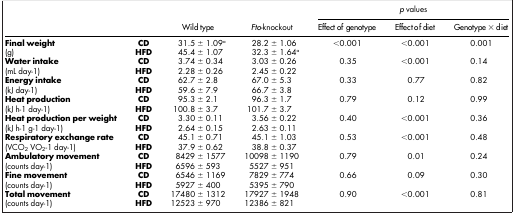
<table><thead><tr><td><b> </b></td><td><b> </b></td><td><b> </b></td><td><b> </b></td><td colspan="3"><b><i>p</i> values</b></td></tr><tr><td><b> </b></td><td><b> </b></td><td><b>Wild type</b></td><td><b><i>Fto</i>-knockout</b></td><td><b>Effect of genotype</b></td><td><b>Effect of diet</b></td><td><b>Genotype × diet</b></td></tr></thead><tbody><tr><td><b>Final weight</b></td><td><b>CD</b></td><td>31.5 ± 1.09<sup>a</sup></td><td>28.2 ± 1.06</td><td>&lt;0.001</td><td>&lt;0.001</td><td>0.001</td></tr><tr><td>(g)</td><td><b>HFD</b></td><td>45.4 ± 1.07</td><td>32.3 ± 1.64<sup>a</sup></td><td> </td><td> </td><td> </td></tr><tr><td><b>Water intake</b></td><td><b>CD</b></td><td>3.74 ± 0.34</td><td>3.03 ± 0.26</td><td>0.35</td><td>&lt;0.001</td><td>0.14</td></tr><tr><td>(mL day-1)</td><td><b>HFD</b></td><td>2.28 ± 0.26</td><td>2.45 ± 0.22</td><td> </td><td> </td><td> </td></tr><tr><td><b>Energy intake</b></td><td><b>CD</b></td><td>62.7 ± 2.8</td><td>67.0 ± 5.3</td><td>0.33</td><td>0.77</td><td>0.82</td></tr><tr><td>(kJ day-1)</td><td><b>HFD</b></td><td>59.6 ± 7.9</td><td>66.7 ± 3.8</td><td> </td><td> </td><td> </td></tr><tr><td><b>Heat production</b></td><td><b>CD</b></td><td>95.3 ± 2.1</td><td>96.3 ± 1.7</td><td>0.79</td><td>0.12</td><td>0.99</td></tr><tr><td>(kJ h-1 day-1)</td><td><b>HFD</b></td><td>100.8 ± 3.7</td><td>101.7 ± 3.7</td><td> </td><td> </td><td> </td></tr><tr><td><b>Heat production per weight</b></td><td><b>CD</b></td><td>3.30 ± 0.11</td><td>3.56 ± 0.22</td><td>0.40</td><td>&lt;0.001</td><td>0.36</td></tr><tr><td>(kJ h-1 g-1 day-1)</td><td><b>HFD</b></td><td>2.64 ± 0.15</td><td>2.63 ± 0.11</td><td> </td><td> </td><td> </td></tr><tr><td><b>Respiratory exchange rate</b></td><td><b>CD</b></td><td>45.1 ± 0.71</td><td>45.1 ± 1.03</td><td>0.53</td><td>&lt;0.001</td><td>0.48</td></tr><tr><td>(VCO<sub>2</sub> VO<sub>2</sub>-1 day-1)</td><td><b>HFD</b></td><td>37.9 ± 0.62</td><td>38.8 ± 0.37</td><td> </td><td> </td><td> </td></tr><tr><td><b>Ambulatory movement</b></td><td><b>CD</b></td><td>8429 ± 1577</td><td>10098 ± 1190</td><td>0.79</td><td>0.01</td><td>0.24</td></tr><tr><td>(counts day-1)</td><td><b>HFD</b></td><td>6596 ± 593</td><td>5527 ± 951</td><td> </td><td> </td><td> </td></tr><tr><td><b>Fine movement</b></td><td><b>CD</b></td><td>6546 ± 1169</td><td>7829 ± 774</td><td>0.66</td><td>0.09</td><td>0.30</td></tr><tr><td>(counts day-1)</td><td><b>HFD</b></td><td>5927 ± 400</td><td>5395 ± 790</td><td> </td><td> </td><td> </td></tr><tr><td><b>Total movement</b></td><td><b>CD</b></td><td>17480 ± 1312</td><td>17927 ± 1948</td><td>0.90</td><td>&lt;0.001</td><td>0.81</td></tr><tr><td>(counts day-1)</td><td><b>HFD</b></td><td>12523 ± 970</td><td>12386 ± 821</td><td> </td><td> </td><td> </td></tr></tbody></table>